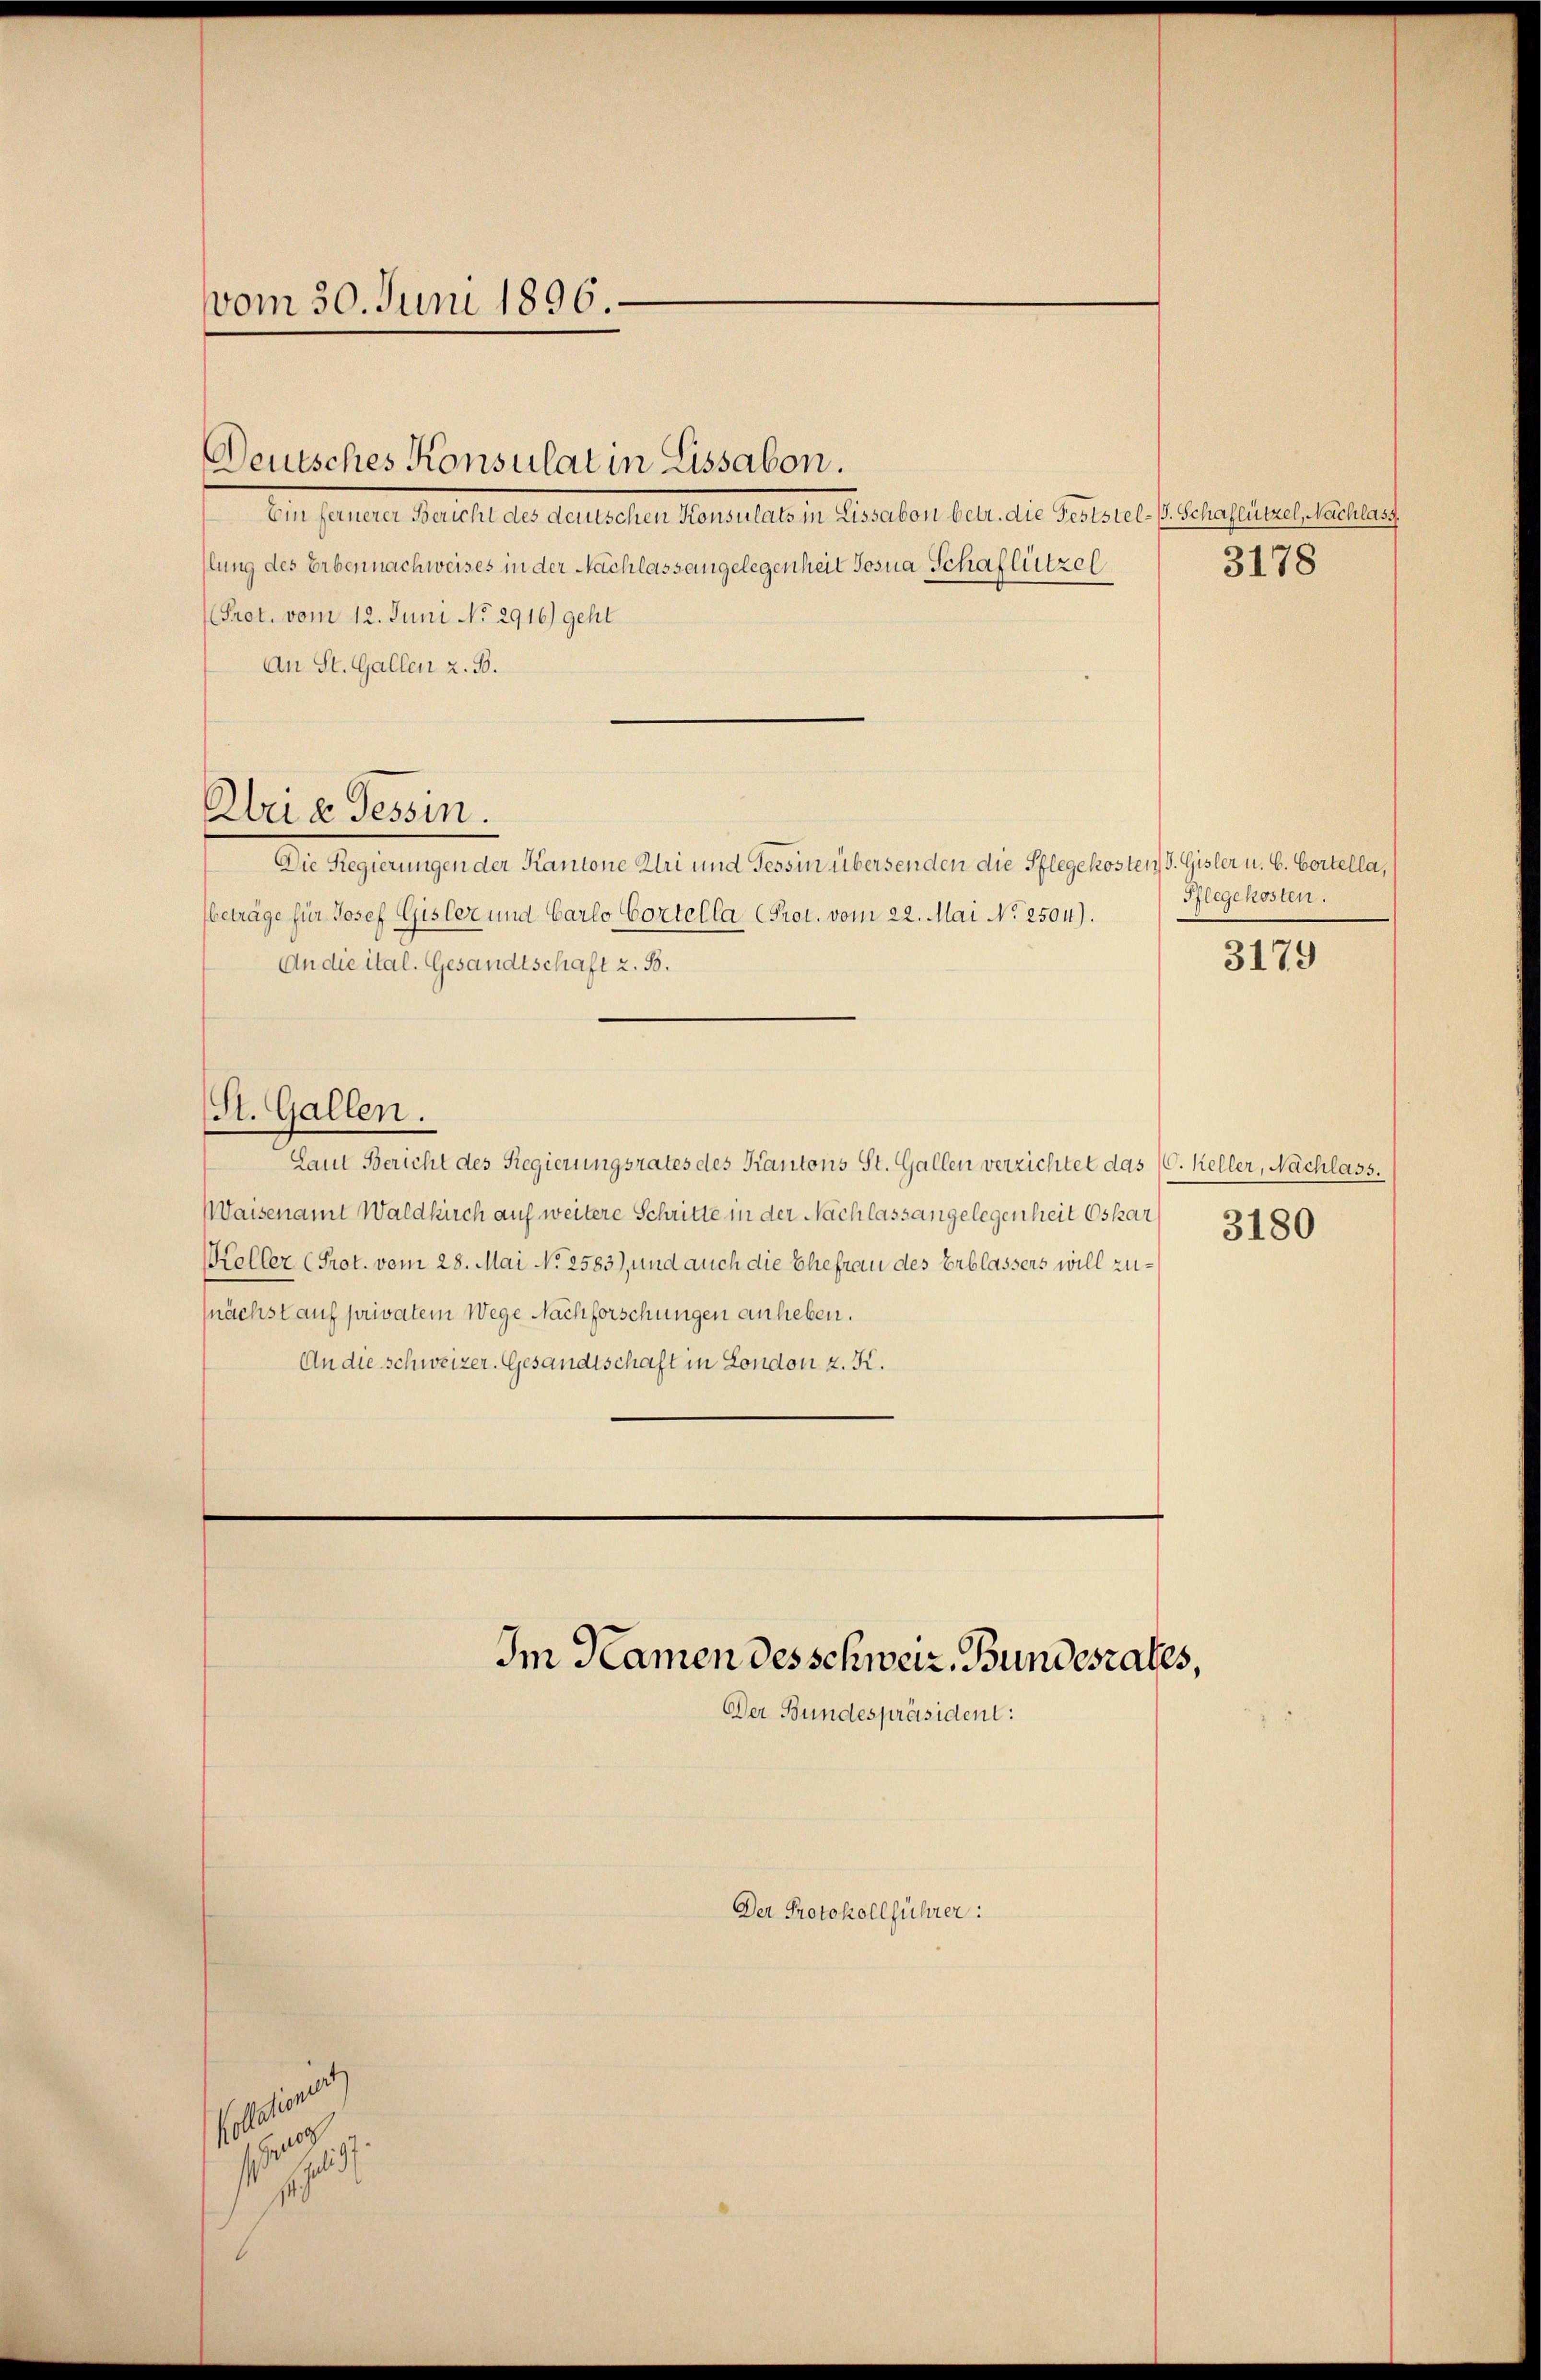
vom 30. Juni 1896.

Deutsches Konsulat in Lissabon.

Arie Tessin.

faltigen
H
10, 10

Im Namen des schweiz. Bundesrates,
Der Bundespräsident:

Dr. Hattet hat selbe dallasten Beratelaltene Kanton sehen die Feriere Erben seinen einen
llung des Erbennachweises in der Nachlass angelegenheit Josua Schaflützel
(Prot. vom 12. Juni No 2916) geht
An St. Gallen z. B.
Die Regierungen der Kanone Klei und Tessin übersenden die Pflegekosten d. Gisler u. 6. Bortella,
beträge für Josef Gisler und Carlo Cortella (Prot. vom 22. Mai No 2504).
An die ital. Gesandtschaft z. B.
St. Gallen.
Laut Bericht des Regierungsrates des Kantons St. Gallen verzichtet das (C. Keller, Nachlass.
Waisenamt Waldkirch auf weitere Schritte in der Nachlass angelegenheit Oskar
Keller (Prot. vom 28. Mai No 2583), und auch die Ehefrau des Erblassers will zunächst auf privatem Wege Nachforschungen anheben.
An die schweizer. Gesandtschaft in London z. K.

Der Protokollführer:

3178

Pflegekosten.

3179

3180